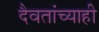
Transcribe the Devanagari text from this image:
दैवतांच्याही